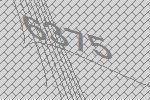
6375